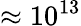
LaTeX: \approx 10^{13}